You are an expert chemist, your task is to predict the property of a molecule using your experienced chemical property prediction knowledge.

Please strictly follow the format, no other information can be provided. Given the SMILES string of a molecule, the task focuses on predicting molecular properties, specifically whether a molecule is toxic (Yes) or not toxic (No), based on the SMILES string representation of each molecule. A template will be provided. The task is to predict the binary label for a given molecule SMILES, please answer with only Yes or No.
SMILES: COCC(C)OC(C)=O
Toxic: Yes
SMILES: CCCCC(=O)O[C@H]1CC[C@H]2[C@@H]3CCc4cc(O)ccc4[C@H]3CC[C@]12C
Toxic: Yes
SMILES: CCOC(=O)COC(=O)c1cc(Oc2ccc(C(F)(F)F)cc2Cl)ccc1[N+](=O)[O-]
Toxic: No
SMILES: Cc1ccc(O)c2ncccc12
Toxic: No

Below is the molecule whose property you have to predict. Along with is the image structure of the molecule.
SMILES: CCCCCC(CO)CCC
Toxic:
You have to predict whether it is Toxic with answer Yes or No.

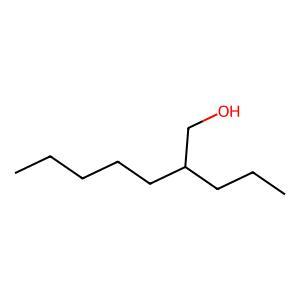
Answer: No